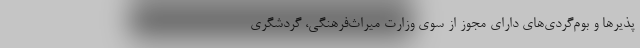
پذیرها و بوم‌گردی‌های دارای مجوز از سوی وزارت میراث‌فرهنگی، گردشگری